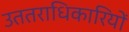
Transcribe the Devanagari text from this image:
उततराधिकारियों